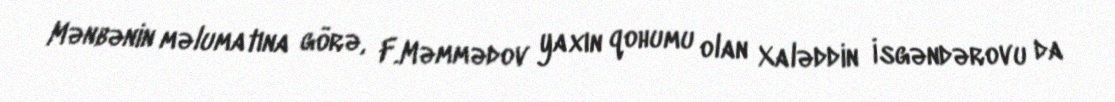
Mənbənin məlumatına görə, F.Məmmədov yaxın qohumu olan Xaləddin İsgəndərovu da